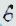
Text: 6